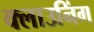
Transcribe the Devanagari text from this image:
क्लाउनिंग